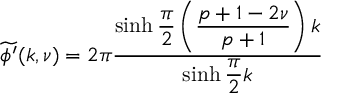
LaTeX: \widetilde { \phi ^ { \prime } } ( k , \nu ) = 2 \pi \displaystyle \frac { \sinh \displaystyle \frac { \pi } { 2 } \left( \displaystyle \frac { p + 1 - 2 \nu } { p + 1 } \right) k } { \sinh \displaystyle \frac { \pi } { 2 } k }